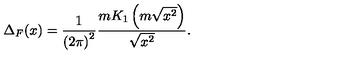
\Delta _ { F } ( x ) = \frac { 1 } { { ( 2 \pi ) } ^ { 2 } } \frac { m K _ { 1 } \left( m \sqrt { x ^ { 2 } } \right) } { \sqrt { x ^ { 2 } } } .